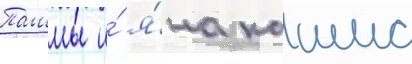
Пашмы и́ я́на каиша